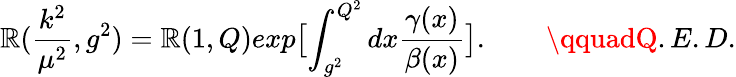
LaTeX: \mathbb{R}(\frac{{k^{2}}}{{\mu^{2}}},g^{2})=\mathbb{R}(1,Q)exp\bigl[\int_{g^{2}}^{Q^{2}}dx\frac{{\gamma(x)}}{{\beta(x)}}\bigr].\qquad\qquadQ.E.D.